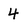
Character: 4